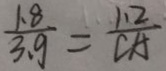
\frac { 1 . 8 } { 3 . 9 } = \frac { 1 1 2 } { C A }